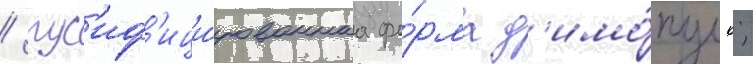
/ рус'иф'ици́рованнаа фо́рма д'имо́пуло;